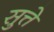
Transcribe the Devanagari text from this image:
सुत्ते